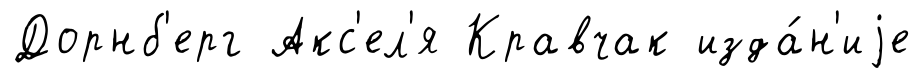
Дорнб'ерг Акс'ел'я Кравчак изда́н'иjе